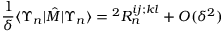
\frac { 1 } { \delta } \langle \Upsilon _ { n } | \hat { M } | \Upsilon _ { n } \rangle = { } ^ { 2 } R _ { n } ^ { i j ; k l } + O ( \delta ^ { 2 } )